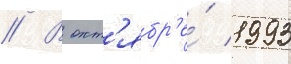
// В окт'ябр'е́ 1993